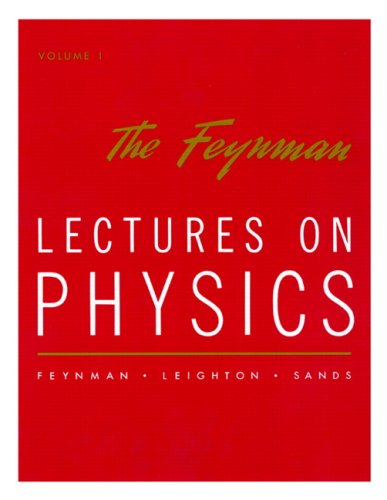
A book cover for The Feynman Lectures on Physics, Vol. 1: Mainly Mechanics, Radiation, and Heat; Richard P. Feynman; Science & Math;